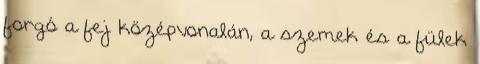
forgó a fej középvonalán, a szemek és a fülek